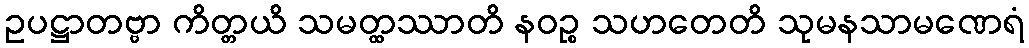
ဥပဋ္ဌာတဗ္ဗာ ကိတ္တယိ သမတ္ထဿာတိ နဝဉ္စ သဟတေတိ သုမနသာမဏေရံ